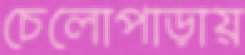
চেলোপাড়ায়